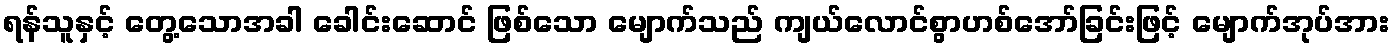
ရန်သူနှင့် တွေ့သောအခါ ခေါင်းဆောင် ဖြစ်သော မျောက်သည် ကျယ်လောင်စွာဟစ်အော်ခြင်းဖြင့် မျောက်အုပ်အား